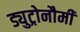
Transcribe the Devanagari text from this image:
ड्युट्रोनौमी